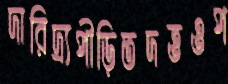
দারিদ্র্যপীড়িতদত্তওপ